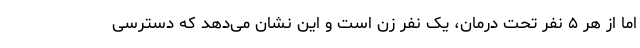
اما از هر ۵ نفر تحت درمان، یک نفر زن است و این نشان می‌دهد که دسترسی